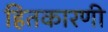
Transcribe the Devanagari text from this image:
हितकारणी